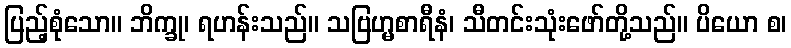
ပြည့်စုံသော။ ဘိက္ခု၊ ရဟန်းသည်။ သဗြဟ္မစာရီနံ၊ သီတင်းသုံးဖော်တို့သည်။ ပိယော စ၊